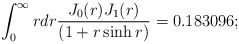
\begin{align*}\int_{0}^{\infty}rdr \frac{J_{0}(r)J_1(r)} {\left(1+r\sinh r\right)}=0.183096;\end{align*}